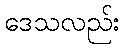
ဒေသလည်း